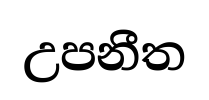
උපනීත